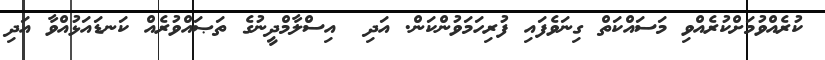
ކުރެއްވުމަށްކުރެއްވި މަސައްކަތް ގިނަވެފައި ފުރިހަމަވުންކަން. އަދި  އިސްލާމްދީނުގެ ތަޞައްވުރެއް ކަނޑައަޅުއްވާ އަދި